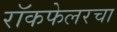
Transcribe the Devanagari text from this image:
रॉकफेलरचा